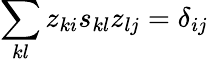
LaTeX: \sum_{kl}z_{ki}s_{kl}z_{lj}=\delta_{ij}